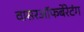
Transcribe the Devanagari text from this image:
वासरऑफबेरेटंग